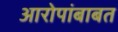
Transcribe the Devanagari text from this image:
आरोपांबाबत